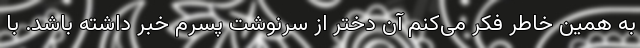
به همین خاطر فکر می‌کنم آن دختر از سرنوشت پسرم خبر داشته باشد. با